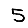
Digit: 5